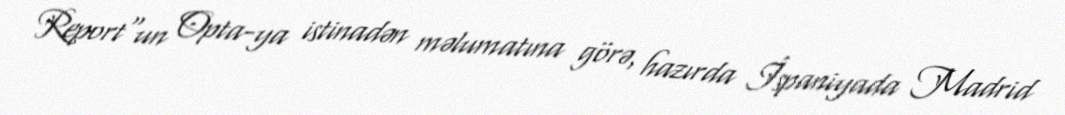
Report"un Opta-ya istinadən məlumatına görə, hazırda İspaniyada Madrid